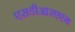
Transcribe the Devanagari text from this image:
एसडीआरएएम